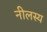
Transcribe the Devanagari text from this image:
नीलस्य